Scottish Leaving Certificate Examination, 1953
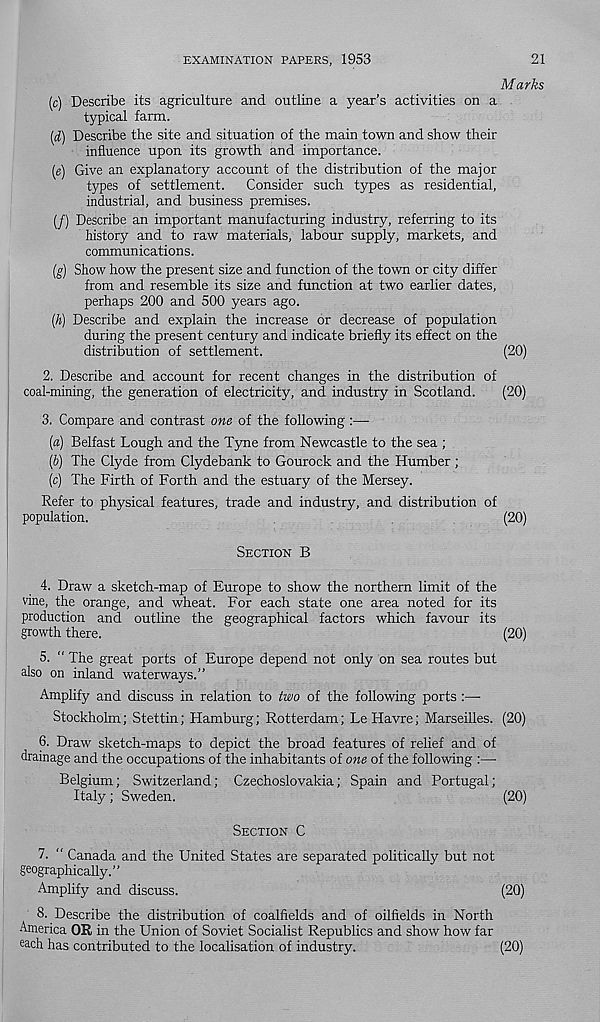
EXAMINATION PAPERS, 1953
21
Marks
(c) Describe its agriculture and outline a year’s activities on a
typical farm.
(&) Describe the site and situation of the main town and show their
influence upon its growth and importance.
(e) Give an explanatory account of the distribution of the major
types of settlement. Consider such types as residential,
industrial, and business premises.
(/) Describe an important manufacturing industry, referring to its
history and to raw materials, labour supply, markets, and
communications.
(g) Show how the present size and function of the town or city differ
from and resemble its size and function at two earlier dates,
perhaps 200 and 500 years ago.
[h] Describe and explain the increase or decrease of population
during the present century and indicate briefly its effect on the
distribution of settlement.
(20)
2. Describe and account for recent changes in the distribution of
coal-mining, the generation of electricity, and industry in Scotland.
(20)
3. Compare and contrast one of the following :—•
(fl) Belfast Lough and the Tyne from Newcastle to the sea ;
(5) The Clyde from Clydebank to Gourock and the Humber ;
(c) The Firth of Forth and the estuary of the Mersey.
Refer to physical features, trade and industry, and distribution of
population.
(20)
SECTION B
4. Draw a sketch-map of Europe to show the northern limit of the
vine, the orange, and wheat. For each state one area noted for its
production and outline the geographical factors which favour its
growth there.
(20)
5. “ The great ports of Europe depend not only on sea routes but
also on inland waterways.”
Amplify and discuss in relation to two of the following ports :—
Stockholm; Stettin; Hamburg; Rotterdam; Le Havre; Marseilles. (20)
6. Draw sketch-maps to depict the broad features of relief and of
drainage and the occupations of the inhabitants of one of the following :—
Belgium; Switzerland; Czechoslovakia; Spain and Portugal;
Italy; Sweden.
(20)
SECTION C
7. “ Canada and the United States are separated politically but not
geographically.”
Amplify and discuss.
(20)
8. Describe the distribution of coalfields and of oilfields in North
America OR in the Union of Soviet Socialist Republics and show how far
each has contributed to the localisation of industry.
(20)